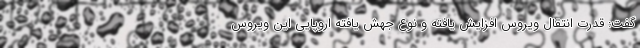
گفت: قدرت انتقال ویروس افزایش یافته و نوع جهش یافته اروپایی این ویروس